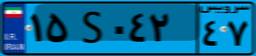
۲۹S۶۴۶۹۴